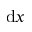
\mathrm { d } x